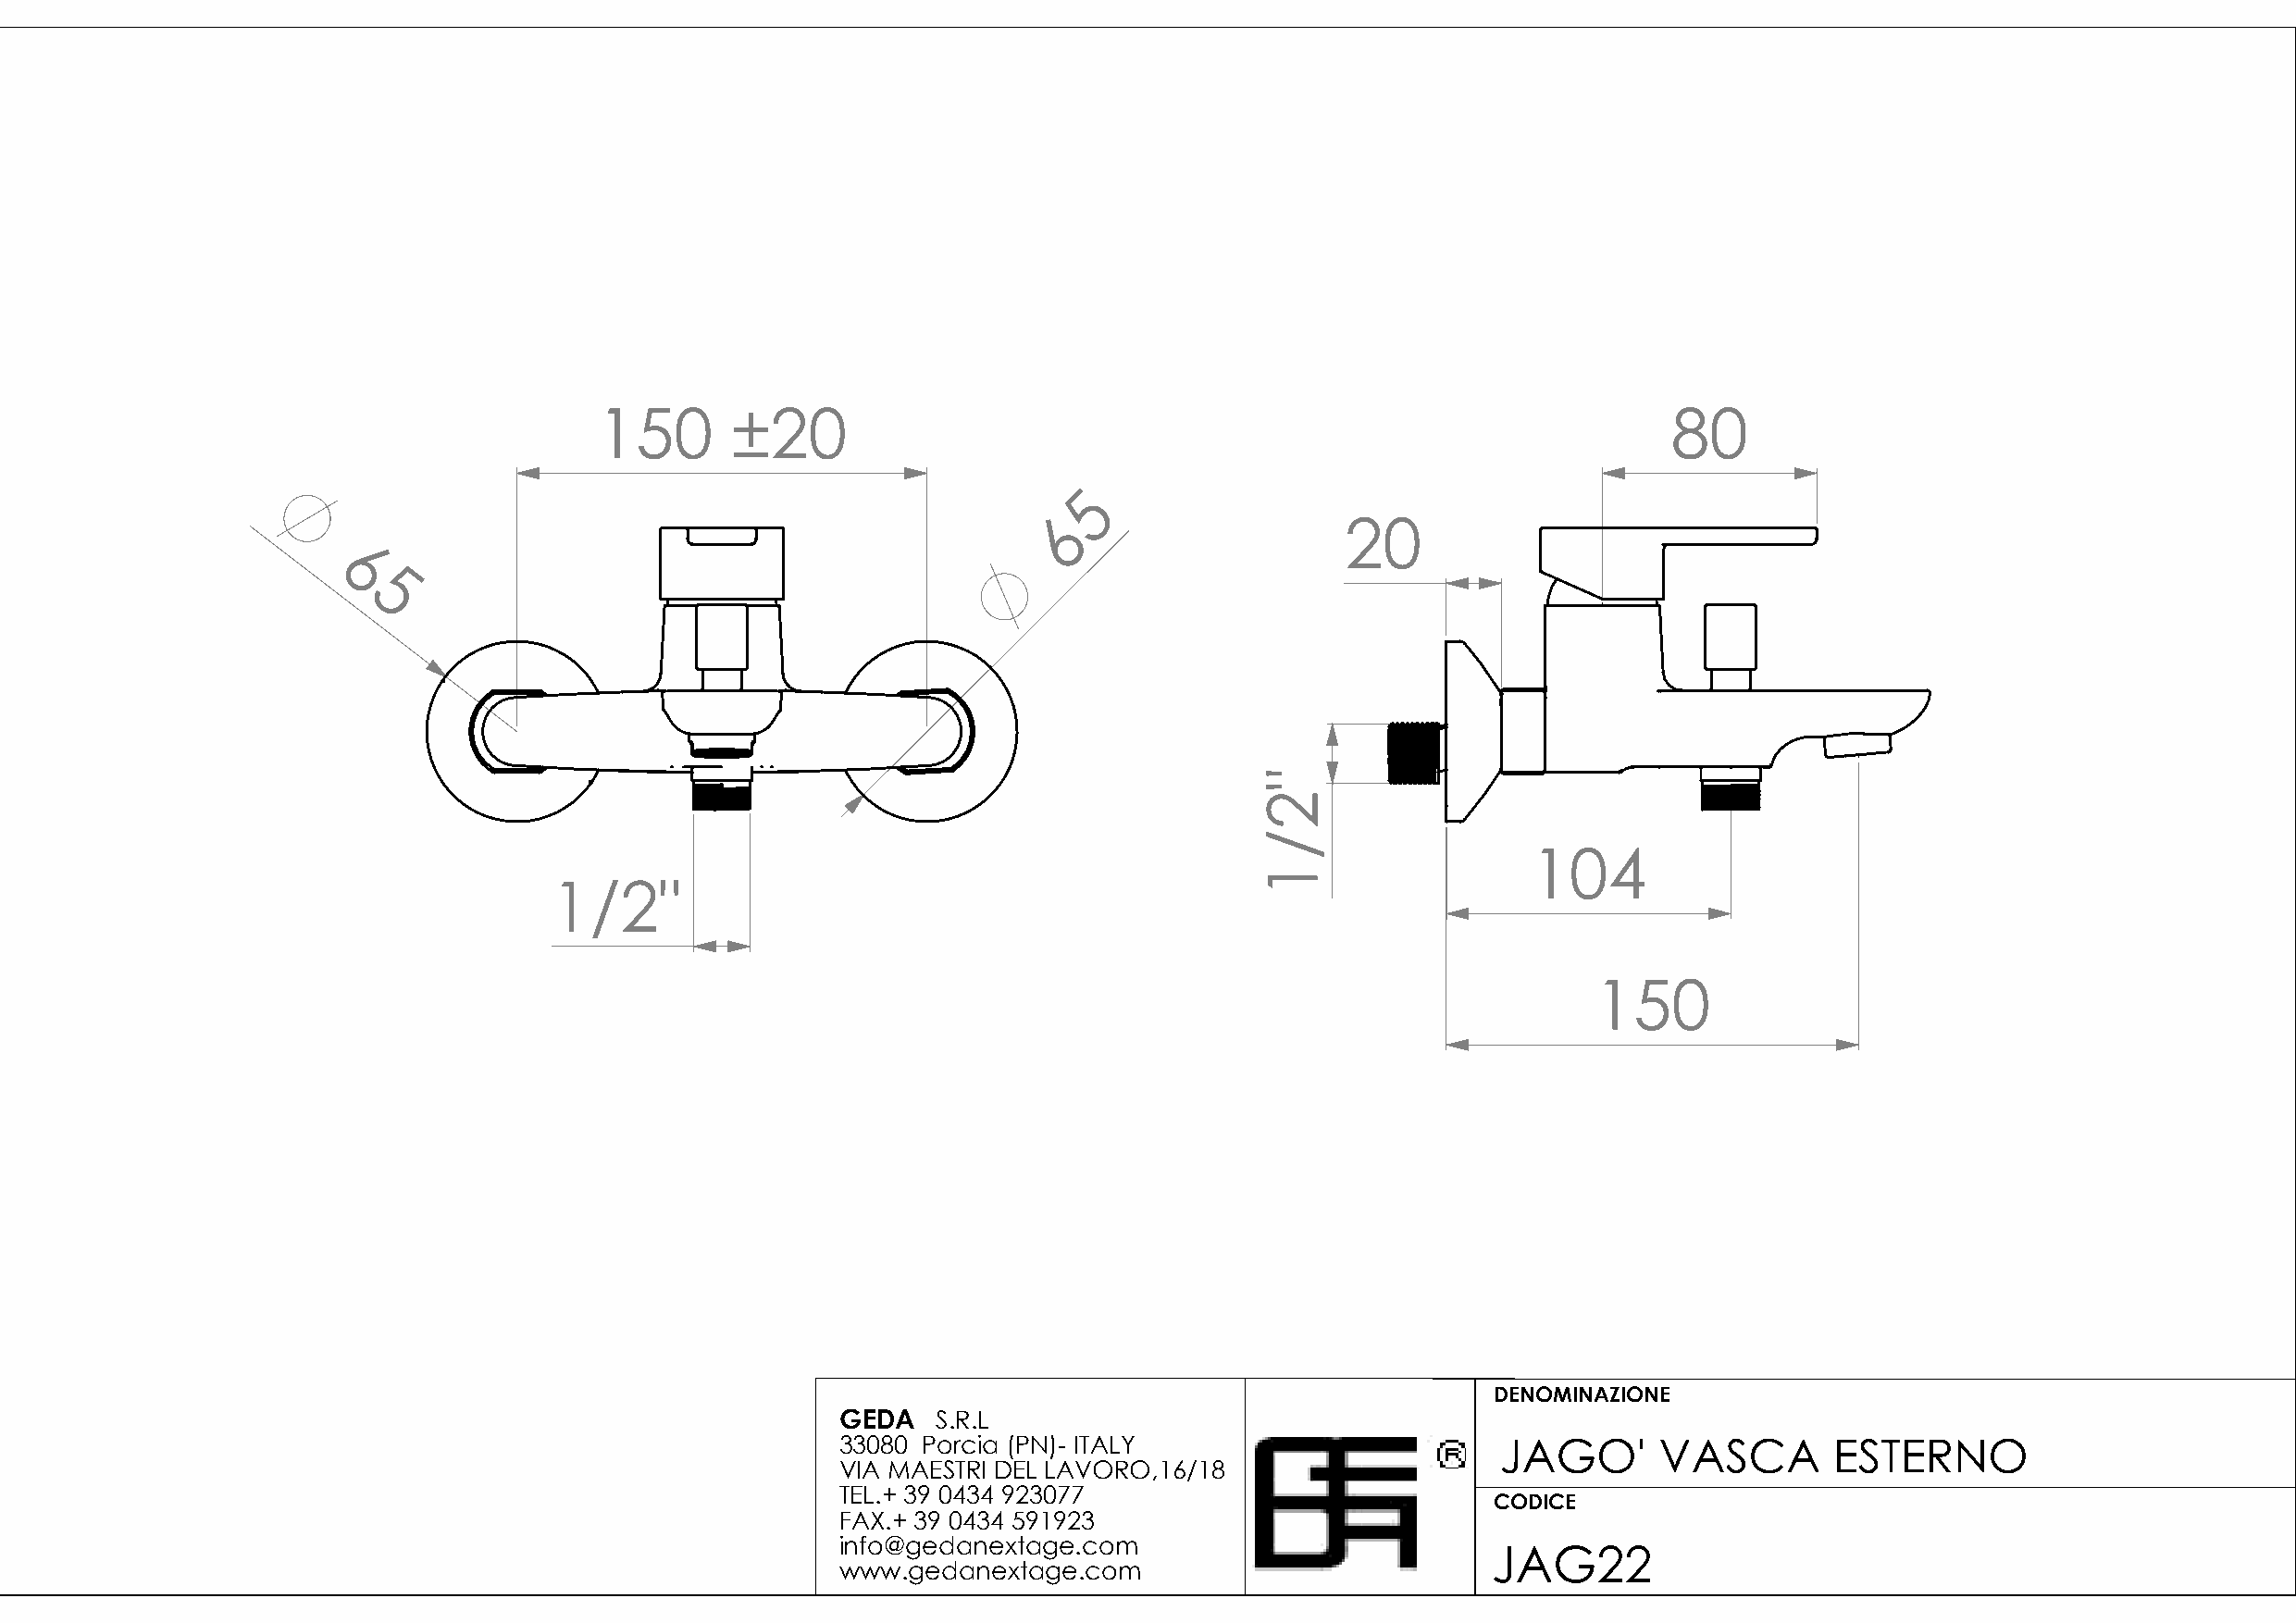
150      ±20                                                                 80
 5
 6
 20
 6
 5
 104
 1/2"
 150
 DENOMINAZIONE
 GEDA   S.R.L
 33080 Porcia (PN)- ITALY                       JAGO'       VASCA       ESTERNO
 VIA MAESTRI DEL LAVORO,16/18
 TEL.+ 39 0434 923077
 CODICE
 FAX.+ 39 0434 591923
 info@gedanextage.com
 JAG22
 www.gedanextage.com
 "2/1